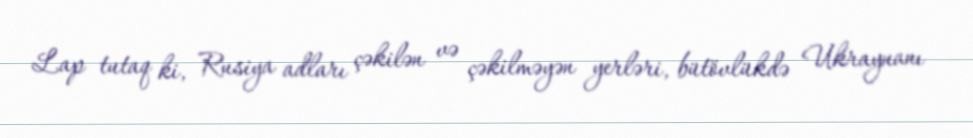
Lap tutaq ki, Rusiya adları çəkilən və çəkilməyən yerləri, bütövlükdə Ukraynanı